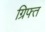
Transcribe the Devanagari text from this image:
ग्रिफ्त